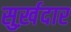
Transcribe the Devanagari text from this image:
सुर्ख़दार